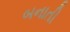
બનાતી